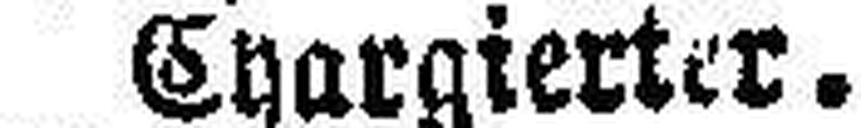
Chargierter.